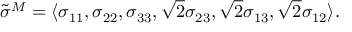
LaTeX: { \tilde { \sigma } } ^ { M } = \langle \sigma _ { 1 1 } , \sigma _ { 2 2 } , \sigma _ { 3 3 } , { \sqrt { 2 } } \sigma _ { 2 3 } , { \sqrt { 2 } } \sigma _ { 1 3 } , { \sqrt { 2 } } \sigma _ { 1 2 } \rangle .